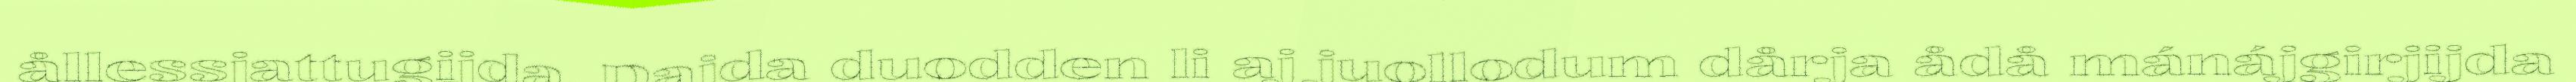
ållessjattugijda. Dajda duodden li aj juollodum dårja ådå mánájgirjijda